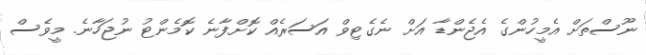
ނޫސްތަށް އެމީހުންގެ އެޖެންޑާ އަށް ނެގެޓިވް އަސަރެއް ކޮށްފާނެ ކޮމެންޓު ނުޖަހާނެ. މީވެސް